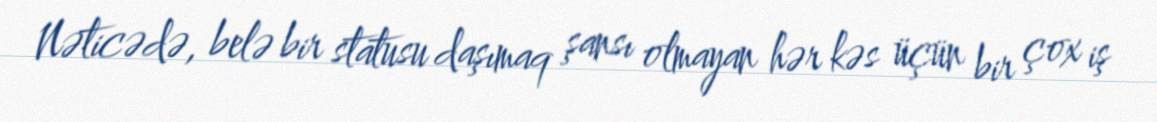
Nəticədə, belə bir statusu daşımaq şansı olmayan hər kəs üçün bir çox iş